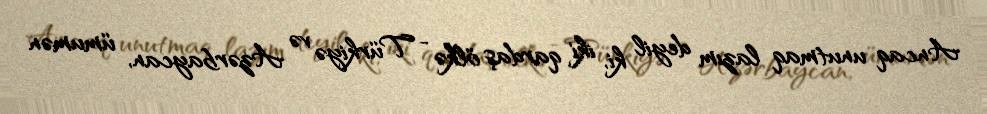
Ancaq unutmaq lazım deyil ki, iki qardaş ölkə - Türkiyə və Azərbaycan, ümumən